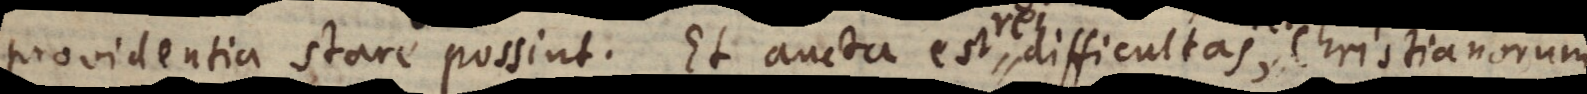
providentia stare possint. Et aucta est difficultas, Christianorum